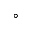
^ { \circ }